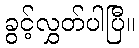
ခွင့်လွှတ်ပါပြီ။